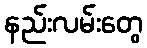
နည်းလမ်းတွေ